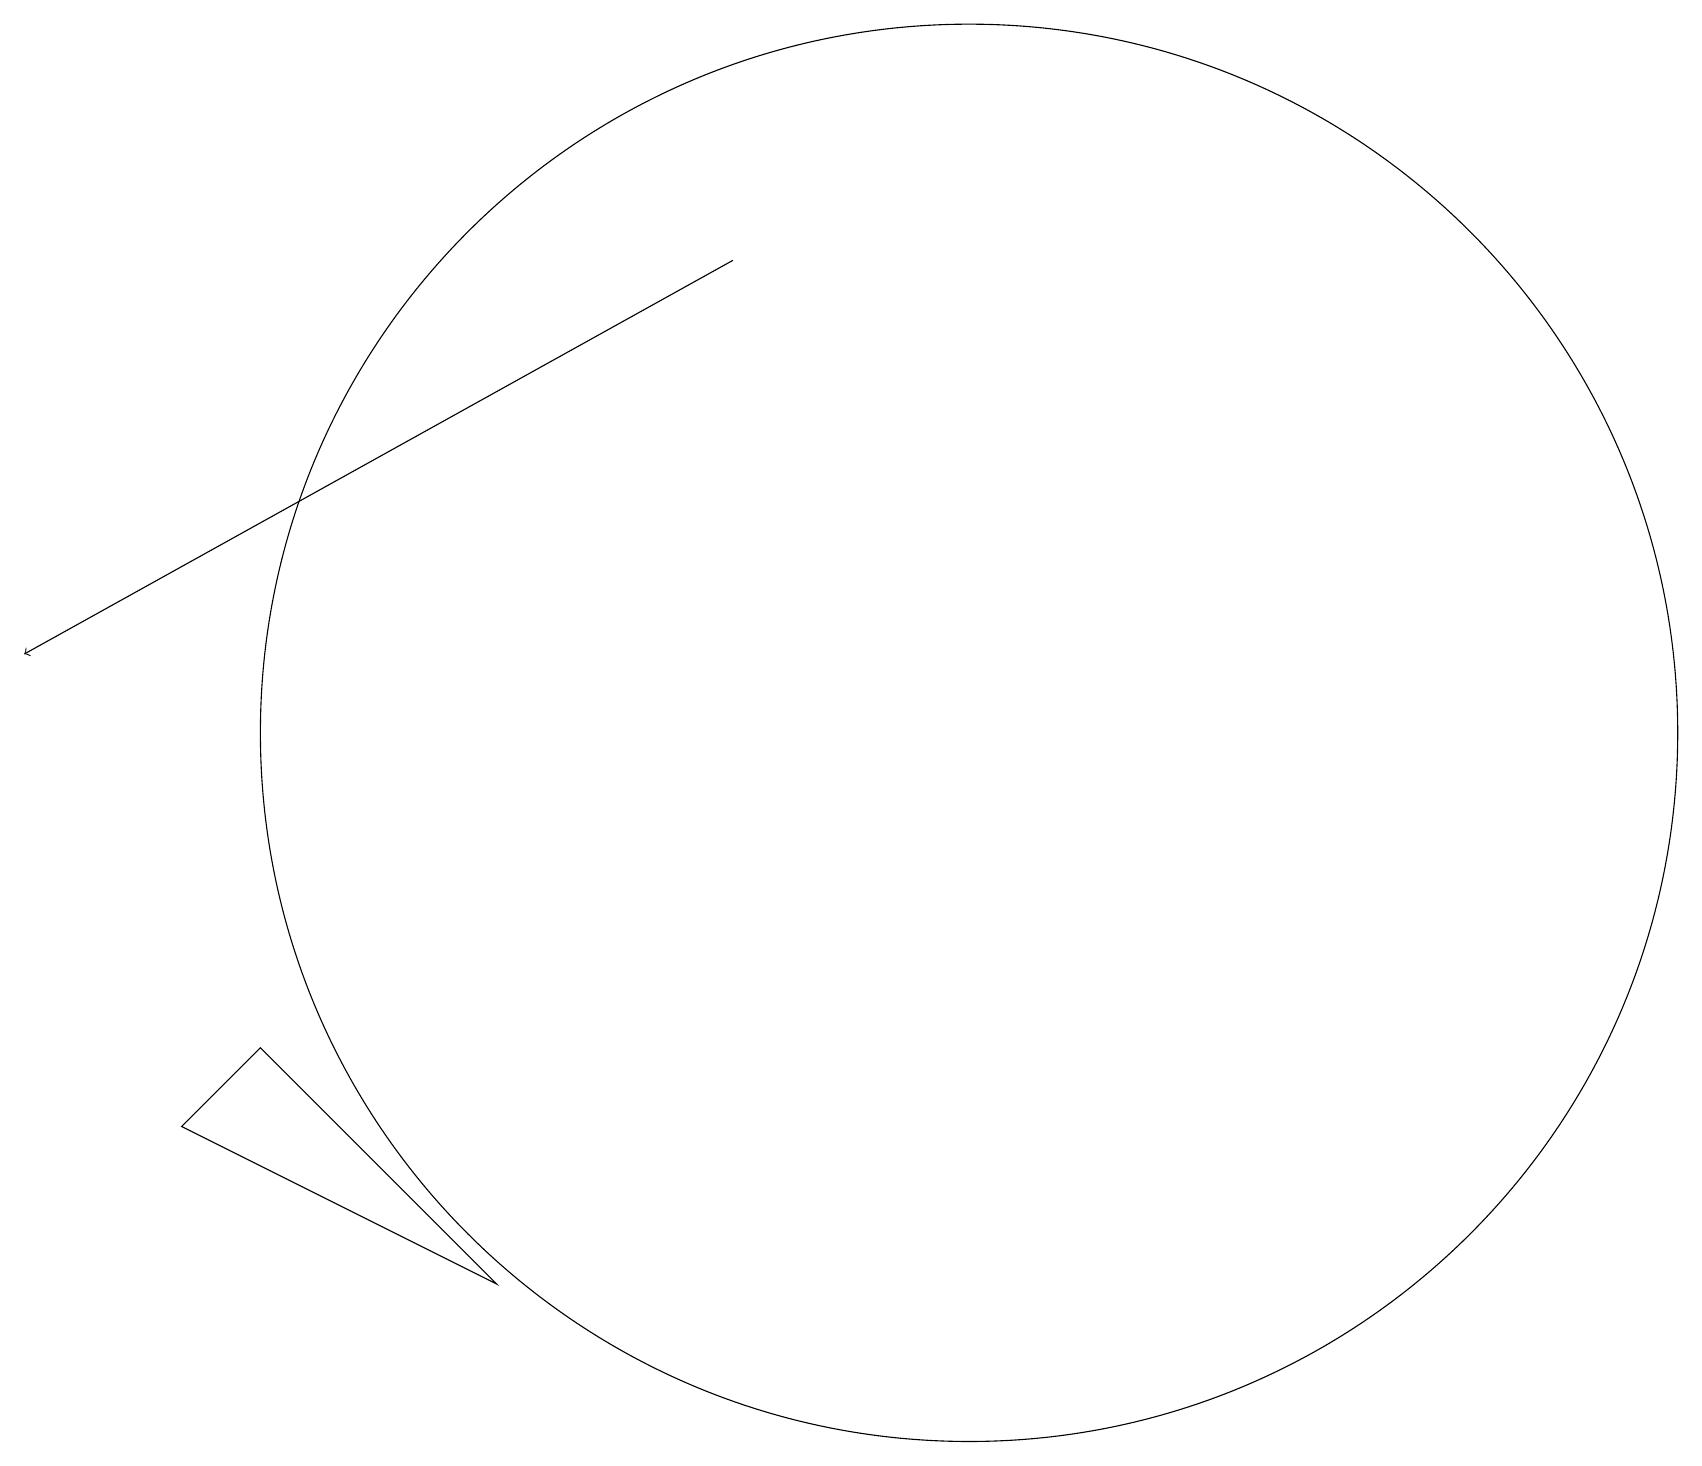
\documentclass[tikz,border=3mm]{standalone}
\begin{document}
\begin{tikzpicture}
\draw[->] (9,17) -- (0,12);
\draw (12,11) circle (9);
\draw (2,6) -- (6,4) -- (3,7) -- cycle;
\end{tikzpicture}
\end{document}